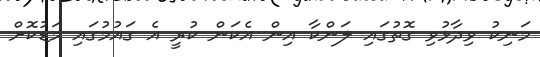
މަނިކު ވިދާޅުވި ގޮތުގައި ލަންކާ އިން އެކަން ކުރީ އެ ގައުމުގައި މަޑުކޮށް